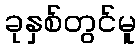
ခုနှစ်တွင်မူ